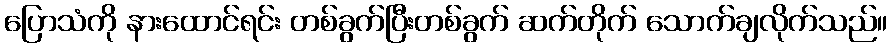
ပြောသံကို နားထောင်ရင်း တစ်ခွက်ပြီးတစ်ခွက် ဆက်တိုက် သောက်ချလိုက်သည်။